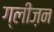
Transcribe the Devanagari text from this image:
ग्लीज़न